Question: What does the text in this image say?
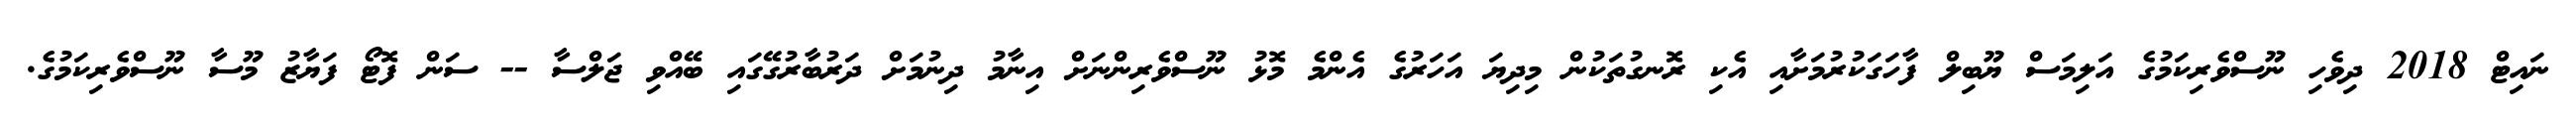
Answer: ނައިޓް 2018 ދިވެހި ނޫސްވެރިކަމުގެ އަލިމަސް ޔޫބިލް ފާހަގަކުރުމަށާއި އެކި ރޮނގުތަކުން މިދިޔަ އަހަރުގެ އެންމެ މޮޅު ނޫސްވެރިންނަށް އިނާމު ދިނުމަށް ދަރުބާރުގޭގައި ބޭއްވި ޖަލްސާ -- ސަން ފޮޓޯ ފަޔާޒު މޫސާ ނޫސްވެރިކަމުގެ.